Indian journal of veterinary science and animal husbandry - Volume 1,
Year: 1931
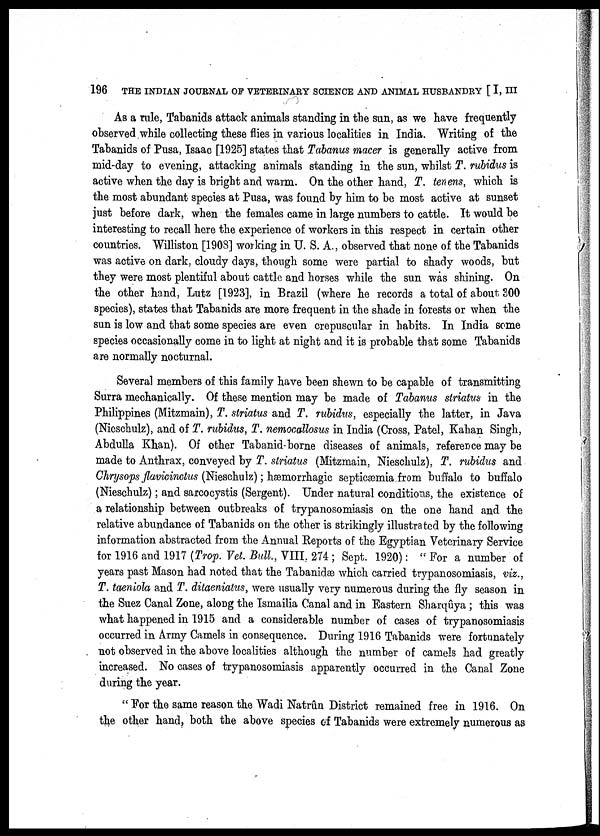
196 THE INDIAN JOURNAL OF VETERINARY SCIENCE AND ANIMAL HUSBANDRY [ I, III
As a rule, Tabanids attack animals standing in the sun, as we have frequently
observed while collecting these flies in various localities in India. Writing of the
Tabanids of Pusa, Isaac [1925] states that Tabanus macer is generally active from
mid-day to evening, attacking animals standing in the sun, whilst T. rubidus is
active when the day is bright and warm. On the other hand, T. tenens, which is
the most abundant species at Pusa, was found by him to be most active at sunset
just before dark, when the females came in large numbers to cattle. It would be
interesting to recall here the experience of workers in this respect in certain other
countries. Williston [1908] working in U. S. A., observed that none of the Tabanids
was active on dark, cloudy days, though some were partial to shady woods, but
they were most plentiful about cattle and horses while the sun was shining. On
the other hand, Lutz [1923], in Brazil (where he records a total of about 300
species), states that Tabanids are more frequent in the shade in forests or when the
sun is low and that some species are even crepuscular in habits. In India some
species occasionally come in to light at night and it is probable that some Tabanids
are normally nocturnal.
Several members of this family have been shewn to be capable of transmitting
Surra mechanically. Of these mention may be made of Tabanus striatus in the
Philippines (Mitzmain), T. striatus and T. rubidus, especially the latter, in Java
(Nieschulz), and of T. rubidus, T. nemocallosus in India (Cross, Patel, Kahan Singh,
Abdulla Khan). Of other Tabanid-borne diseases of animals, reference may be
made to Anthrax, conveyed by T. striatus (Mitzmain, Nieschulz), T. rubidus and
Chrysops flavicinctus (Nieschulz); hæmorrhagic septicæmia from buffalo to buffalo
(Nieschulz); and sarcocystis (Sergent). Under natural conditions, the existence of
a relationship between outbreaks of trypanosomiasis on the one hand and the
relative abundance of Tabanids on the other is strikingly illustrated by the following
information abstracted from the Annual Reports of the Egyptian Veterinary Service
for 1916 and 1917 (Trop. Vet. Bull., VIII, 274 ; Sept. 1920): " For a number of
years past Mason had noted that the Tabanidæ which carried trypanosomiasis, viz.,
T. taeniola and T. ditaeniatus, were usually very numerous during the fly season in
the Suez Canal Zone, along the Ismailia Canal and in Eastern Sharqûya ; this was
what happened in 1915 and a considerable number of cases of trypanosomiasis
occurred in Army Camels in consequence. During 1916 Tabanids were fortunately
not observed in the above localities although the number of camels had greatly
increased. No cases of trypanosomiasis apparently occurred in the Canal Zone
during the year.
" For the same reason the Wadi Natrûn District remained free in 1916. On
the other hand, both the above species of Tabanids were extremely numerous as